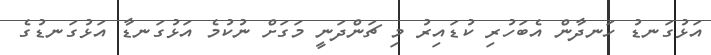
އަޅުގަނޑު ހަނދާން އެބަހުރި ކުޑައިރު މި ޗަންދަނީ މަގަށް ނުކުމެ އަޅުގަނޑާ އަޅުގަނޑުގެ